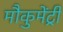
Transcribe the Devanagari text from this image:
मौकुमेंट्री